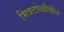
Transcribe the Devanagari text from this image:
मित्रटोळीतील